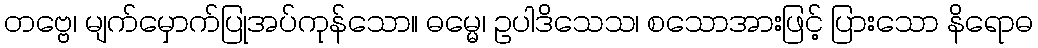
တဗ္ဗေ၊ မျက်မှောက်ပြုအပ်ကုန်သော။ ဓမ္မေ၊ ဥပါဒိသေသ၊ စသောအားဖြင့် ပြားသော နိရောဓ